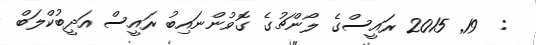
:  19